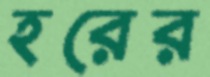
হরের